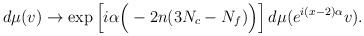
\begin{align*}d\mu(v) \to \mbox{exp}\left[i\alpha\Big(-2n(3N_c-N_f) \Big)\right] d\mu(e^{i(x-2)\alpha}v).\end{align*}